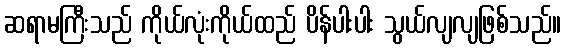
ဆရာမကြီးသည် ကိုယ်လုံးကိုယ်ထည် ပိန်ပါးပါး သွယ်လျလျဖြစ်သည်။